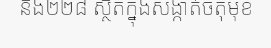
និង២២៨ ស្ថិតក្នុងសង្កាត់ចតុមុខ